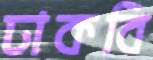
ঢাকবি